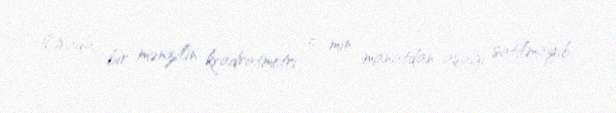
Orada bir mənzilin kvadratmetri 5 min manatdan aşağı satılmayıb.